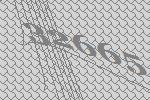
32665